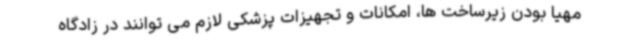
مهیا بودن زیرساخت ها، امکانات و تجهیزات پزشکی لازم می توانند در زادگاه